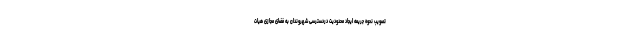
تصویب نحوه جریمه ایجاد محدودیت دردسترسی شهروندان به فضای مجازی هیات